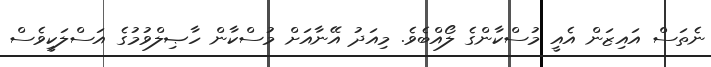
ނެތަސް އައިޒަން އެއީ މުސްކާންގެ ލޯއްބެވެ. މިއަދު އޭނާއަށް މުސްކާން ހާޞިލްވުމުގެ އަސްލަކީވެސް